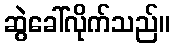
ဆွဲခေါ်လိုက်သည်။